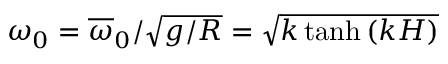
\omega _ { 0 } = \overline { { \omega } } _ { 0 } / \sqrt { g / R } = \sqrt { k \operatorname { t a n h } { \left( k H \right) } }